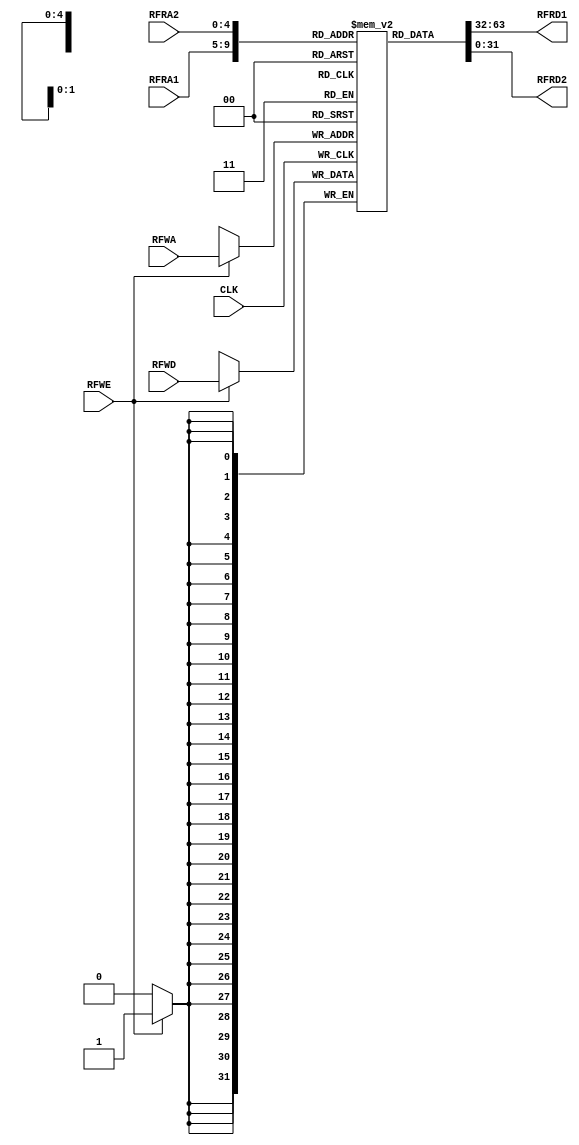
`timescale 1ns / 1ps
//////////////////////////////////////////////////////////////////////////////////
// Company: 
// Engineer: 
// 
// Design Name: 
// Module Name: Reg_File
// Project Name: 
// Target Devices: 
// Tool Versions: 
// Description: 
// 
// Dependencies: 
// 
// Revision:
// Revision 0.01 - File Created
// Additional Comments:
// 
//////////////////////////////////////////////////////////////////////////////////

/// REGISTER FILE ///
module Reg_File(
input CLK, RFWE,
input [4 : 0] RFRA1, RFRA2, RFWA, //5 - BIT : RFRA1 wires from rs  , RFRA2  wires from rt , RFWA wires from rd
input [31 : 0] RFWD,
output [31 : 0] RFRD1, RFRD2 //32 - BIT OUTPUTS, RFRD2 connects to ALU MUX
);
integer i;

reg [31 : 0] mem [0 : 31]; //32 memory array

initial begin
    for(i = 0; i < 32; i = i + 1)begin
        mem[i] = 0;
    end
end

always @(posedge CLK) begin

    if(RFWE == 1'b1)begin
    mem[RFWA] <= RFWD; //RFWE = high, then write RFWD into memory at RFWA address
    end
    
end

 assign  RFRD1 = mem[RFRA1];
 assign  RFRD2 = mem[RFRA2];


endmodule